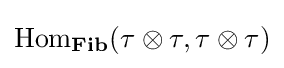
{\text{Hom}}_{\bf {Fib}}(\tau \otimes \tau ,\tau \otimes \tau )